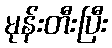
မုန်းတီးပြီး